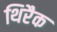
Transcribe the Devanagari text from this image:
थिरैक